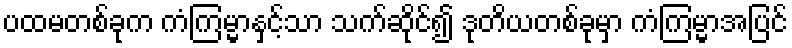
ပထမတစ်ခုက ကံကြမ္မာနှင့်သာ သက်ဆိုင်၍ ဒုတိယတစ်ခုမှာ ကံကြမ္မာအပြင်